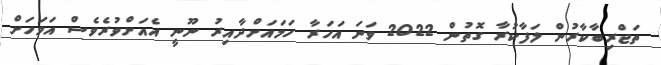
ތަޖްރިބާކާރުން ލަފާކުރާ ގޮތުން 2022 ވަނަ އަހަރާ ހަމައަށްދާއިރު ނޫނީ އެއަށްވުރެވެސް އަވަހަށް